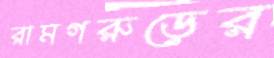
রামগরুড়ের